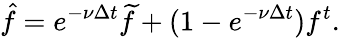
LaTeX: \hat{f}=e^{-\nu\Delta t}\widetilde{f}+(1-e^{-\nu\Delta t})f^{t}.